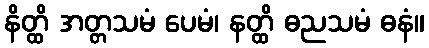
နိတ္ထိ အတ္တသမံ ပေမံ၊ နတ္ထိ ဓညသမံ ဓနံ။